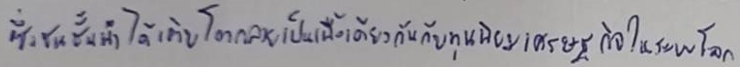
ซึ่งชนชั้นนำได้เติบโตกลายเป็นเนื้อเดียวกันกับทุนนิยมเศรษฐกิจในระบบโลก